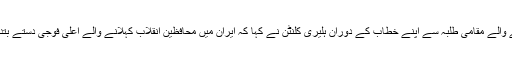
قطر کے ٹیلی وژن پر براہ راست دکھائے جانے والے مقامی طلبہ سے اپنے خطاب کے دوران ہلیری کلنٹن نے کہا کہ ایران میں محافظین انقلاب کہلانے والے اعلیٰ فوجی دستے بتدریج زیادہ سے زیادہ طاقتور ہوتے جا رہے ہیں۔